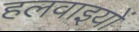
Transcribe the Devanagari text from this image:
हलवाइयों